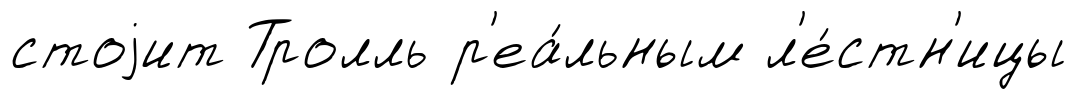
стоjит Тролль р'еа́льным л'е́стн'ицы